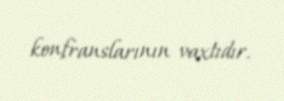
konfranslarının vaxtıdır.